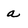
Character: a